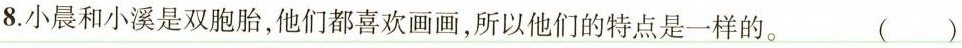
8.小晨和小溪是双胞胎，他们都喜欢画画，所以他们的特点是一样的。 ()